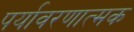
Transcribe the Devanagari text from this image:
पर्यावरणात्मक